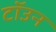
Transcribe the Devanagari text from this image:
टॉउन